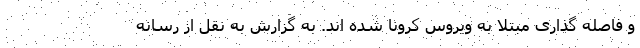
و فاصله گذاری مبتلا به ویروس کرونا شده اند. به گزارش به نقل از رسانه